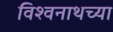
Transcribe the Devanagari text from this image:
विश्वनाथच्या